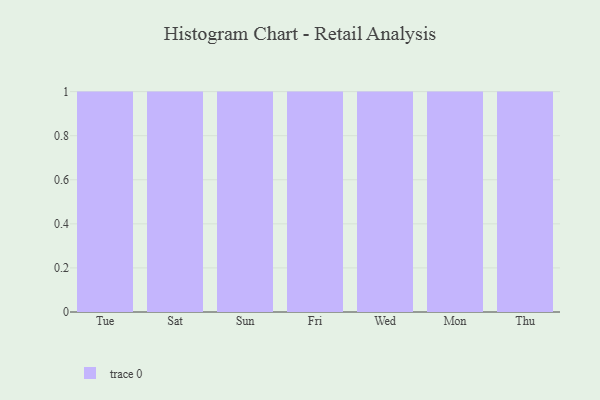
{"axis": {"x": "Day", "y": "Net Income (USD K)"}, "legend": [""], "data": [{"x": "Tue", "y": 15, "type": ""}, {"x": "Sat", "y": 81, "type": ""}, {"x": "Sun", "y": 48, "type": ""}, {"x": "Fri", "y": 91, "type": ""}, {"x": "Wed", "y": 46, "type": ""}, {"x": "Mon", "y": 61, "type": ""}, {"x": "Thu", "y": 47, "type": ""}]}